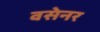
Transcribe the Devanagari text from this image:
वसेनर